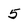
Character: 5